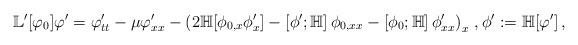
LaTeX: \begin{align*}\mathbb{L}^\prime[\varphi_0]\varphi^\prime=\varphi^\prime_{tt}-\mu\varphi^\prime_{xx}-\left(2\mathbb H[\phi_{0,x}\phi^\prime_x]-\left[\phi^\prime;\mathbb H\right]\phi_{0,xx}-\left[\phi_0;\mathbb H\right]\phi^\prime_{xx}\right)_x\,,\phi^\prime:=\mathbb H[\varphi^\prime]\,,\end{align*}